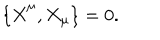
\{ \dot { X } ^ { \mu } , X _ { \mu } \} = 0 .